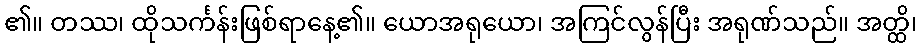
၏။ တဿ၊ ထိုသင်္ကန်းဖြစ်ရာနေ့၏။ ယောအရုယော၊ အကြင်လွန်ပြီး အရုဏ်သည်။ အတ္ထိ၊